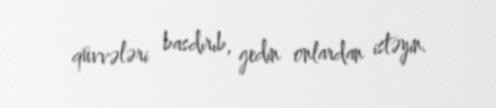
qüvvələri basdırıb, gedin onlardan istəyin.